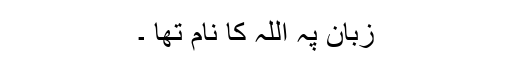
زبان پہ اللہ کا نام تھا ۔